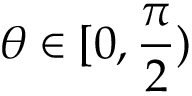
\theta \in [ 0 , \frac { \pi } { 2 } )